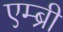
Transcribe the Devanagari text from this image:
एम्ब्री